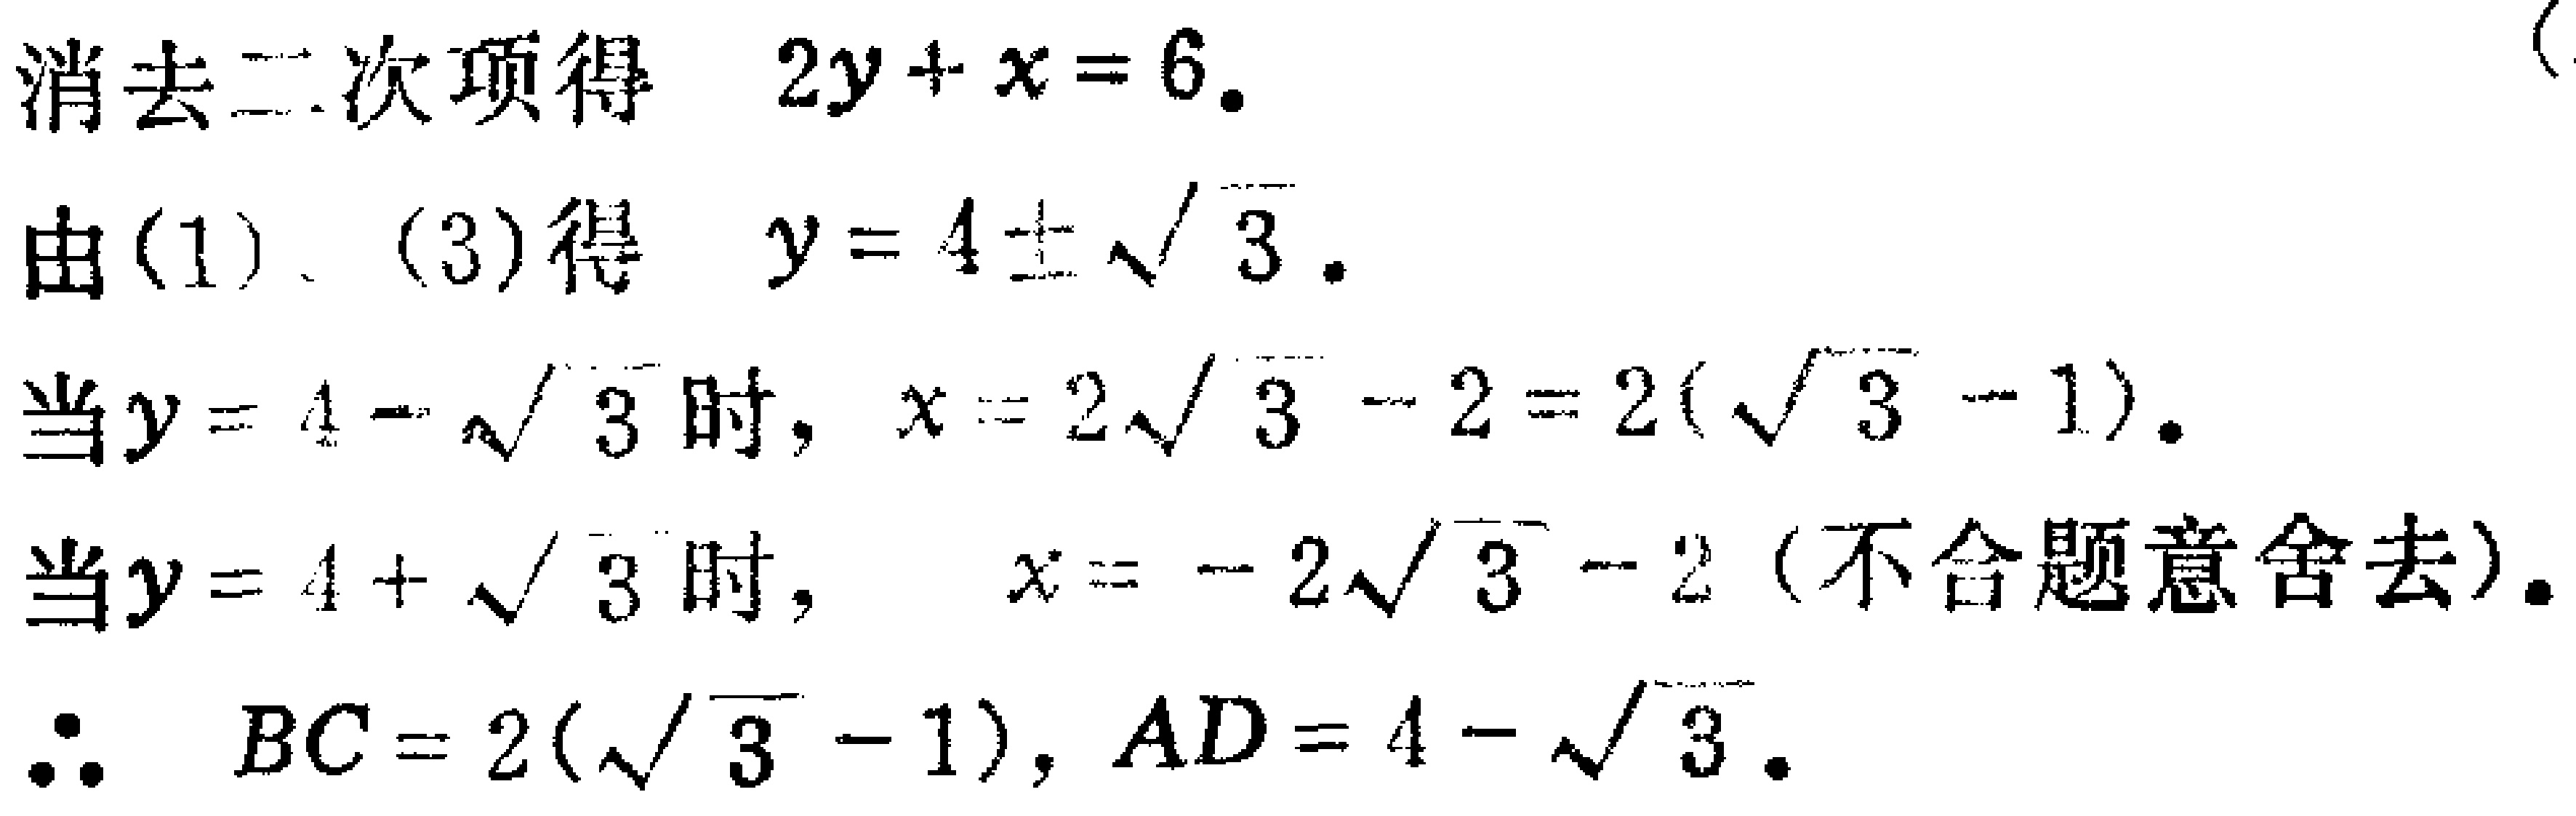
消去二次项得 \(2y + x = 6\).
由(1)、(3)得 \(y = 4\pm\sqrt{3}\).
当\(y = 4 - \sqrt{3}\)时，\(x = 2\sqrt{3} - 2 = 2(\sqrt{3} - 1)\).
当\(y = 4 + \sqrt{3}\)时， \(x = - 2\sqrt{3} - 2\) (不合题意舍去).
\(\therefore BC = 2(\sqrt{3} - 1), AD = 4 - \sqrt{3}\).